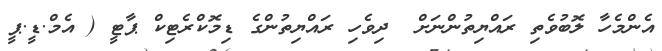
އެންމެހާ ލޮބުވެތި ރައްޔިތުންނަށް  ދިވެހި ރައްޔިތުންގެ ޑިމޮކްރެޓިކް ޕާޓީ ( އެމް.ޑީ.ޕީ